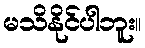
မသိနိုင်ပါဘူး။